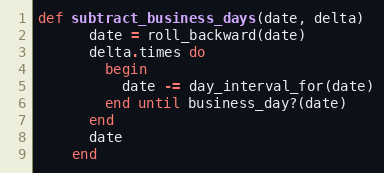
Language: Ruby
def subtract_business_days(date, delta)
      date = roll_backward(date)
      delta.times do
        begin
          date -= day_interval_for(date)
        end until business_day?(date)
      end
      date
    end